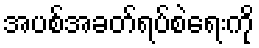
အပစ်အခတ်ရပ်စဲရေးကို